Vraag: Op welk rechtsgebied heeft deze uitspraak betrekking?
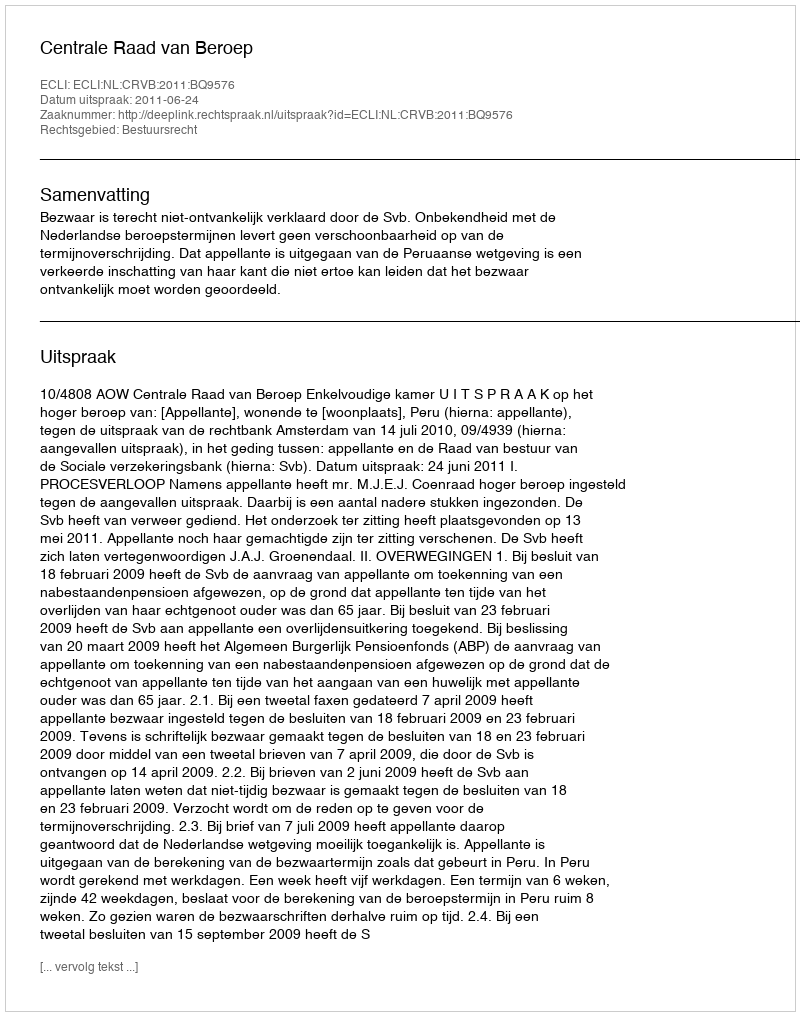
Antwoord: Bestuursrecht